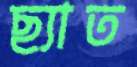
ছ্যাত